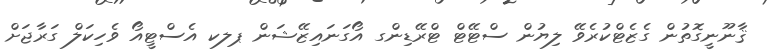
ޤާނޫނީގޮތުން ގެޒެޓްކުރެވޭ ލިޔުން ސްޓޭޓް ޓްރޭޑިންގ އޯގަނައިޒޭޝަން ޕލކ އެސްޓީއޯ ވެހިކަލް ގަރާޖަށް